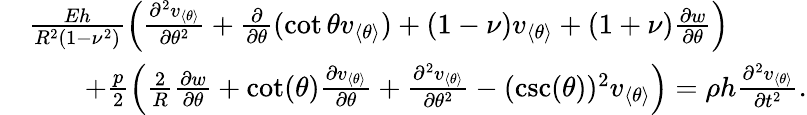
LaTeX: \begin{array}{rl}&{\frac{Eh}{R^{2}(1-\nu^{2})}\Big(\frac{\partial^{2}v_{\langle\theta\rangle}}{\partial\theta^{2}}+\frac{\partial}{\partial\theta}(\cot\theta v_{\langle\theta\rangle})+(1-\nu)v_{\langle\theta\rangle}+(1+\nu)\frac{\partial w}{\partial\theta}\Big)}\\ &{\qquad+\frac{p}{2}\Big(\frac{2}{R}\frac{\partial w}{\partial\theta}+\cot(\theta)\frac{\partial v_{\langle\theta\rangle}}{\partial\theta}+\frac{\partial^{2}v_{\langle\theta\rangle}}{\partial\theta^{2}}-(\csc(\theta))^{2}v_{\langle\theta\rangle}\Big)=\rho h\frac{\partial^{2}v_{\langle\theta\rangle}}{\partial t^{2}}.}\end{array}